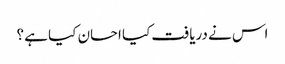
اس نے دریافت کیا احسان کیا ہے ؟